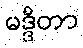
မဒ္ဒိတာ